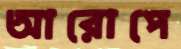
আরোপে